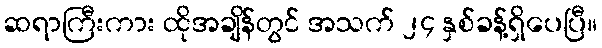
ဆရာကြီးကား ထိုအချိန်တွင် အသက် ၂၄ နှစ်ခန့်ရှိပေပြီ။